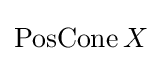
\operatorname {PosCone} X